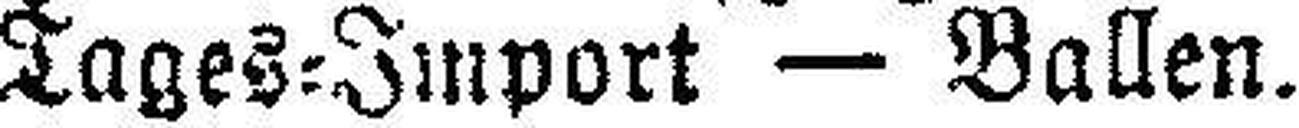
Tages=Import — Ballen.